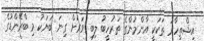
އިޝްތިހާރު ތަކަކީ އާންމުންގެ ތަރުހީބު ލިބި ވަރަށް ގިނަ ބަޔަކު މި ބްރޭންޑުގެ